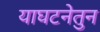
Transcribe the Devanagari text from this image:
याघटनेतुन